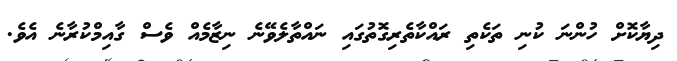
ދިޔާކޮށް ހުންނަ ކުނި ތަކެތި ރައްކާތެރިގޮތުގައި ނައްތާލެވޭނެ ނިޒާމެއް ވެސް ގާއިމްކުރާނެ އެވެ.